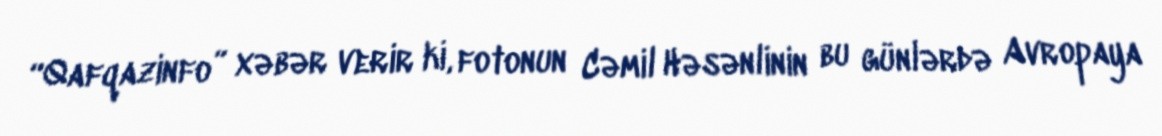
“Qafqazinfo” xəbər verir ki, fotonun Cəmil Həsənlinin bu günlərdə Avropaya